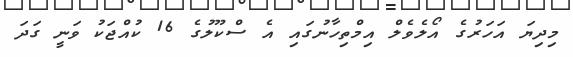
މިދިޔަ އަހަރުގެ އޯލެވެލް އިމްތިހާނުގައި އެ ސްކޫލުގެ 16 ކުއްޖަކު ވަނީ ގަދަ